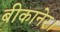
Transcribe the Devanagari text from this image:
बीकानेर।